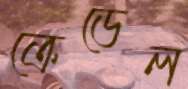
ক্রেডেল